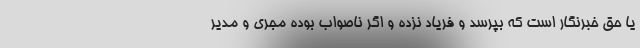
یا حق خبرنگار است که بپرسد و فریاد نزده و اگر ناصواب بوده مجری و مدیر